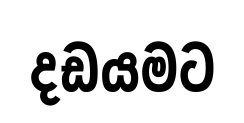
දඩයමට